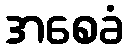
အစေခံ